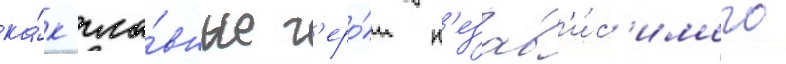
ка́к гла́вные г'еро́и н'езав'и́с'имого